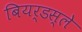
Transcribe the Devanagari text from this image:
बियर्डस्ले